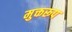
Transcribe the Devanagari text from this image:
मुक्तरूप